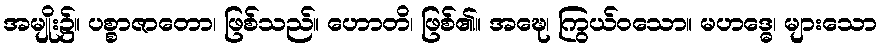
အမျိုး၌။ ပစ္စာဇာတော၊ ဖြစ်သည်။ ဟောတိ၊ ဖြစ်၏။ အဍ္ဎေ၊ ကြွယ်ဝသော။ မဟဒ္ဓေ၊ များသော